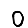
Digit: 0